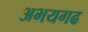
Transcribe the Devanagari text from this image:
अभयगढ